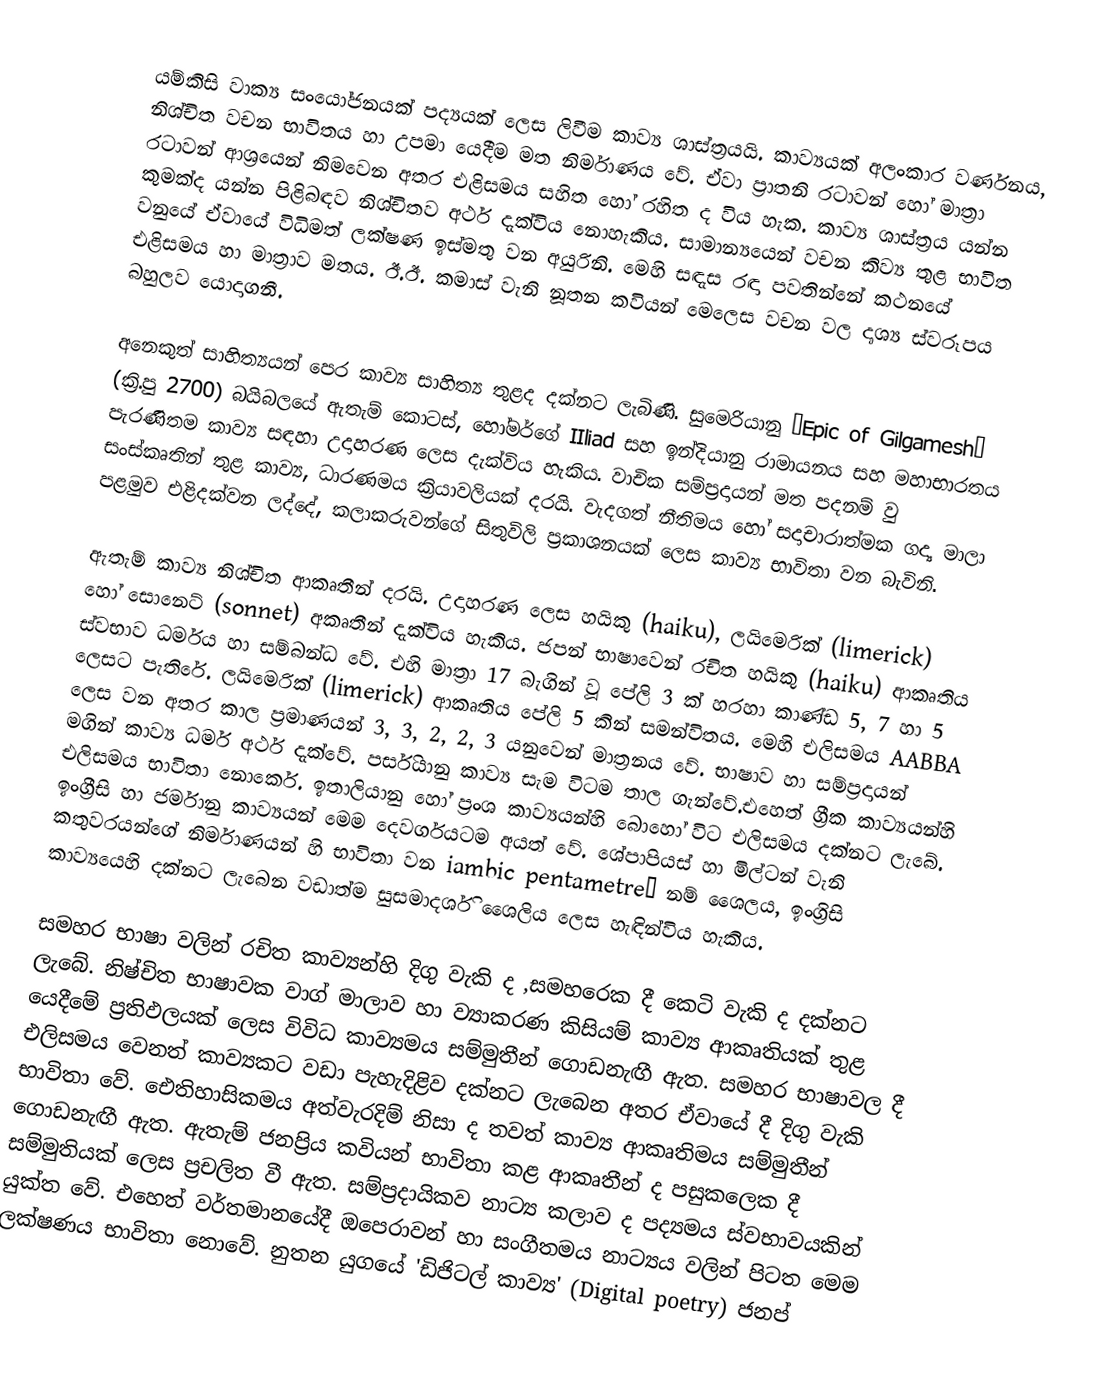
යම්කිසි වාක්‍ය සංයෝජනයක් පද්‍යයක් ලෙස ලිවීම කාව්‍ය ශාස්ත්‍රයයි. කාව්‍යයක් අලංකාර වර්ණනය, නිශ්චිත වචන භාවිතය හා උපමා යෙදීම මත නිර්මාණය වේ. ඒවා ප්‍රාතනි රටාවන් හෝ මාත්‍රා රටාවන් ආශ්‍රයෙන් නිමවෙන අතර එළිසමය සහිත හෝ රහිත ද විය හැක. කාව්‍ය ශාස්ත්‍රය යන්න කුමක්ද යන්න පිළිබඳව  නිශ්චිතව අර්ථ දැක්විය නොහැකිය. සාමාන්‍යයෙන් වචන කිව්‍ය තුළ භාවිත වනුයේ ඒවායේ විධිමත් ලක්ෂණ ඉස්මතු වන අයුරිනි. මෙහි සඳැස රඳා පවතින්නේ කථනයේ එළිසමය හා මාත්‍රාව මතය. ඊ.ඊ. කමාස් වැනි නූතන කවියන් මෙලෙස වචන වල දෘශ්‍ය ස්වරූපය බහුලව යොදාගනී.

අනෙකුත් සාහිත්‍යයන් පෙර කාව්‍ය සාහිත්‍ය තුළද දක්නට ලැබිණි. සුමෙරියානු “Epic of Gilgamesh” (ක්‍රි.පු 2700) බයිබලයේ ඇතැම් කොටස්, හෝමර්ගේ IIliad   සහ ඉන්දියානු රාමායනය සහ මහාභාරතය පැරණිතම කාව්‍ය සඳහා උදාහරණ ලෙස දැක්විය හැකිය. වාචික සම්ප්‍රදාය‍න් මත පදනම් වු සංස්කෘතින් තුළ කාව්‍ය, ධාරණමය ක්‍රියාවලියක් දරයි. වැදගත් නීතිමය හෝ සදාචාරාත්මක ගද්‍ය මාලා පළමුව එළිදක්වන ලද්දේ, කලාකරුවන්ගේ සිතුවිලි ප්‍රකාශනයක් ලෙස කාව්‍ය භාවිතා වන බැවිනි.

ඇතැම් කාව්‍ය නිශ්චිත ආකෘතීන් දරයි. උදාහරණ ලෙස හයිකු (haiku), ලයි‍මෙරික් (limerick)  හෝ සොනෙට් (sonnet) අකෘතීන් දැක්විය හැකිය. ජපන් භාෂාවෙන් රචිත හයිකු (haiku) ආකෘතිය ස්වභාව ධර්මය හා සම්බන්ධ වේ. එහි මාත්‍රා 17 බැගින් වූ පේලි 3 ක් හරහා කාණ්ඩ 5, 7 හා 5 ලෙසට පැතිරේ. ලයි‍මෙරික්  (limerick) ආකෘතිය පේලි 5 කින් සමන්විතය. මෙහි එලිසමය  AABBA ලෙස වන අතර කාල ප්‍රමාණයන් 3, 3, 2, 2, 3 යනුවෙන් මාත්‍රනය වේ. භාෂාව හා සම්ප්‍රදායන් මගින් කාව්‍ය ධර්ම අර්ථ දැක්වේ. පර්සියානු කාව්‍ය සැම විටම තාල ගැන්වේ.එහෙත් ග්‍රීක කාව්‍යයන්හි එලිසමය භාවිතා නොකෙර්. ඉතාලියානු හෝ ප්‍රංශ කාව්‍යයන්හි බොහෝ විට එලිසමය දක්නට ලැබේ. ඉංග්‍රීසි හා ජර්මානු කාව්‍යයන් මෙම දෙවර්ගයටම අයත් වේ. ශේපාපියස් හා මිල්ටන් වැනි කතුවරයන්ගේ නිර්මාණයන් හි භාවිතා වන iambic pentametre’  නම් ශෛලය, ඉංග්‍රිසි කාව්‍යයෙහි දක්නට ලැබෙන වඩාත්ම සුසමාදර්ශි ‍ශෛලිය ලෙස හැඳින්විය හැකිය.

සමහර භාෂා වලින් රචිත කාව්‍යන්හි  දිගු වැකි ද ,සමහරෙක දී කෙටි වැකි ද දක්නට ලැබේ. නිෂ්චිත භාෂාවක වාග් මාලාව හා ව්‍යාකරණ කිසියම් කාව්‍ය ආකෘතියක් තුළ යෙදීමේ ප්‍රතිඵලයක් ලෙස විවිධ කාව්‍යමය සම්මුතීන් ගොඩනැඟී ඇත. සමහර භාෂාවල දී එලිසමය වෙනත් කාව්‍යකට වඩා පැහැදිළිව දක්නට ලැබෙන අතර ඒවායේ දී දිගු වැකි භාවිතා වේ. ඓතිහාසිකමය අත්වැරදිම් නිසා ද තවත් කාව්‍ය ආකෘතිමය සම්මුතීන් ගොඩනැඟී ඇත. ඇතැම් ජනප්‍රිය කවියන් භාවිතා කළ ආකෘතීන් ද පසුකලෙක දී සම්මුතියක් ලෙස ප්‍රචලිත වී ඇත. සම්ප්‍රදායිකව නාට්‍ය කලාව ද පද්‍යමය ස්වභාවයකින් යුක්ත වේ. එහෙත් වර්තමානයේදී ඔපෙරාවන් හා සංගීතමය නාට්‍යය වලින් පිටත මෙම ලක්ෂණය භාවිතා‍ නොවේ. නුතන යුගයේ 'ඩිජිටල් කාව්‍ය' (Digital poetry) ජනප්